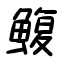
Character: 鰒